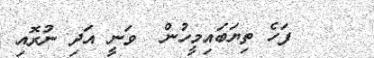
٦٠    ފަހެ ތިޔަބައިމީހުން  ވަނީ އަދި ނުރޮއި